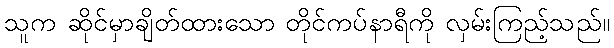
သူက ဆိုင်မှာချိတ်ထားသော တိုင်ကပ်နာရီကို လှမ်းကြည့်သည်။